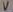
Text: V